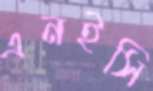
এনইসি